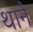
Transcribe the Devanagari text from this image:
थानै